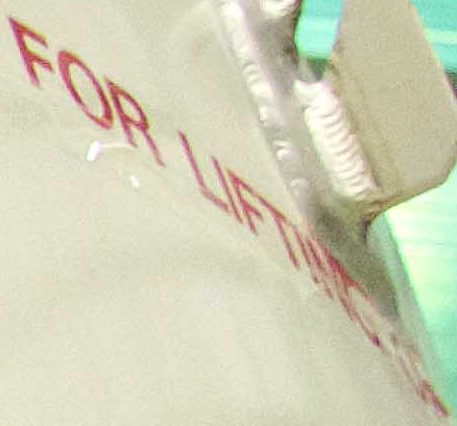
FOR LIFTI